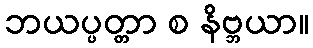
ဘယပ္ပတ္တာ စ နိဗ္ဘယာ။